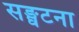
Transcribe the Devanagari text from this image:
सङ्घटना